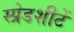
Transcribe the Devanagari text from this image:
स्प्रेडशीटें